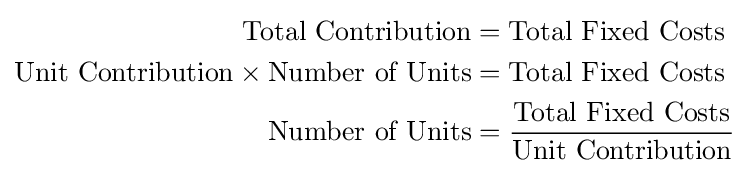
{\begin{aligned}{\text{Total Contribution}}&={\text{Total Fixed Costs}}\\{\text{Unit Contribution}}\times {\text{Number of Units}}&={\text{Total Fixed Costs}}\\{\text{Number of Units}}&={\frac {\text{Total Fixed Costs}}{\text{Unit Contribution}}}\end{aligned}}